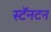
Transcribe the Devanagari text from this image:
स्टॅनटन